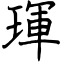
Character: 琿